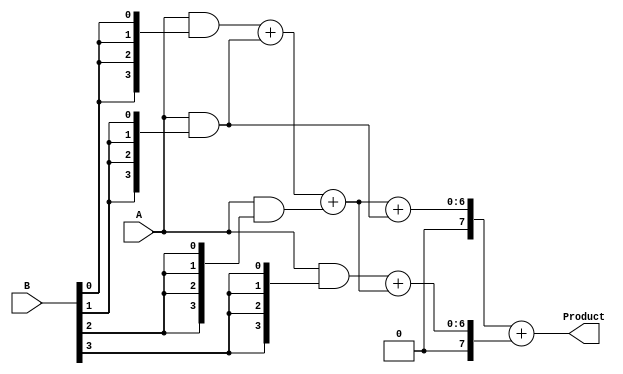
module wallace_tree_multiplier #(parameter A_WIDTH = 4, B_WIDTH = 4) (
    input [A_WIDTH-1:0] A,        // First multiplicand
    input [B_WIDTH-1:0] B,        // Second multiplicand
    output [A_WIDTH + B_WIDTH - 1:0] Product // Resultant product
);

    // Generate partial products
    wire [A_WIDTH-1:0] pp[B_WIDTH-1:0]; // Partial products array
    genvar i;
    generate
        for (i = 0; i < B_WIDTH; i = i + 1) begin : gen_partial_products
            assign pp[i] = A & {A_WIDTH{B[i]}}; // AND operation for partial product
        end
    endgenerate

    // Carry-save adder tree
    wire [A_WIDTH + B_WIDTH - 1:0] sum [0:B_WIDTH-1]; // Sums from CSAs
    wire [A_WIDTH + B_WIDTH - 1:0] carry [0:B_WIDTH-1]; // Carries from CSAs

    // Initial stage of CSAs
    assign sum[0] = pp[0];
    assign carry[0] = {1'b0, pp[1]}; // Align carry for the first partial product

    // CSA tree reduction
    generate
        for (i = 1; i < B_WIDTH; i = i + 1) begin : csa_reduction
            if (i % 3 == 0) begin
                assign sum[i] = sum[i-1] + carry[i-1];
                assign carry[i] = {1'b0, pp[i]} + sum[i-1];
            end else begin
                assign sum[i] = sum[i-1] + pp[i];
                assign carry[i] = carry[i-1];
            end
        end
    endgenerate

    // Final addition stage
    wire [A_WIDTH + B_WIDTH - 1:0] final_sum;
    wire [A_WIDTH + B_WIDTH - 1:0] final_carry;

    assign final_sum = sum[B_WIDTH-1] + carry[B_WIDTH-1];

    // Final product output
    assign Product = final_sum;

endmodule